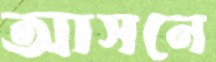
আসনে